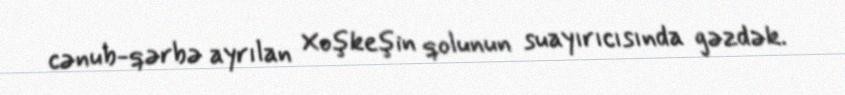
cənub-qərbə ayrılan Xoşkeşin qolunun suayırıcısında gəzdək.